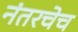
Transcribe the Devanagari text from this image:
नंतरचेच